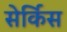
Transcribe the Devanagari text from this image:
सेर्किस